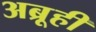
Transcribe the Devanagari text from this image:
अब्रूही